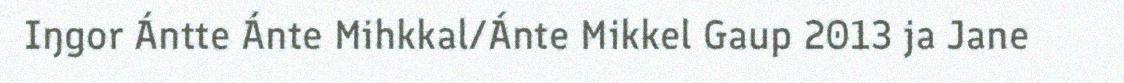
Iŋgor Ántte Ánte Mihkkal/Ánte Mikkel Gaup 2013 ja Jane